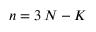
\displaystyle n = 3 \, N - K